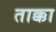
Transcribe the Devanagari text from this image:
ताक्का